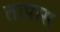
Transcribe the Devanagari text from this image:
तापास